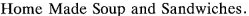
Home Baking and Cakes. Home Made Soup and Sandwiches.